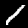
Digit: 1